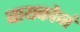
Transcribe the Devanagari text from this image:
बायकोनं